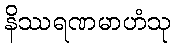
နိဿရဏမာဟံသု